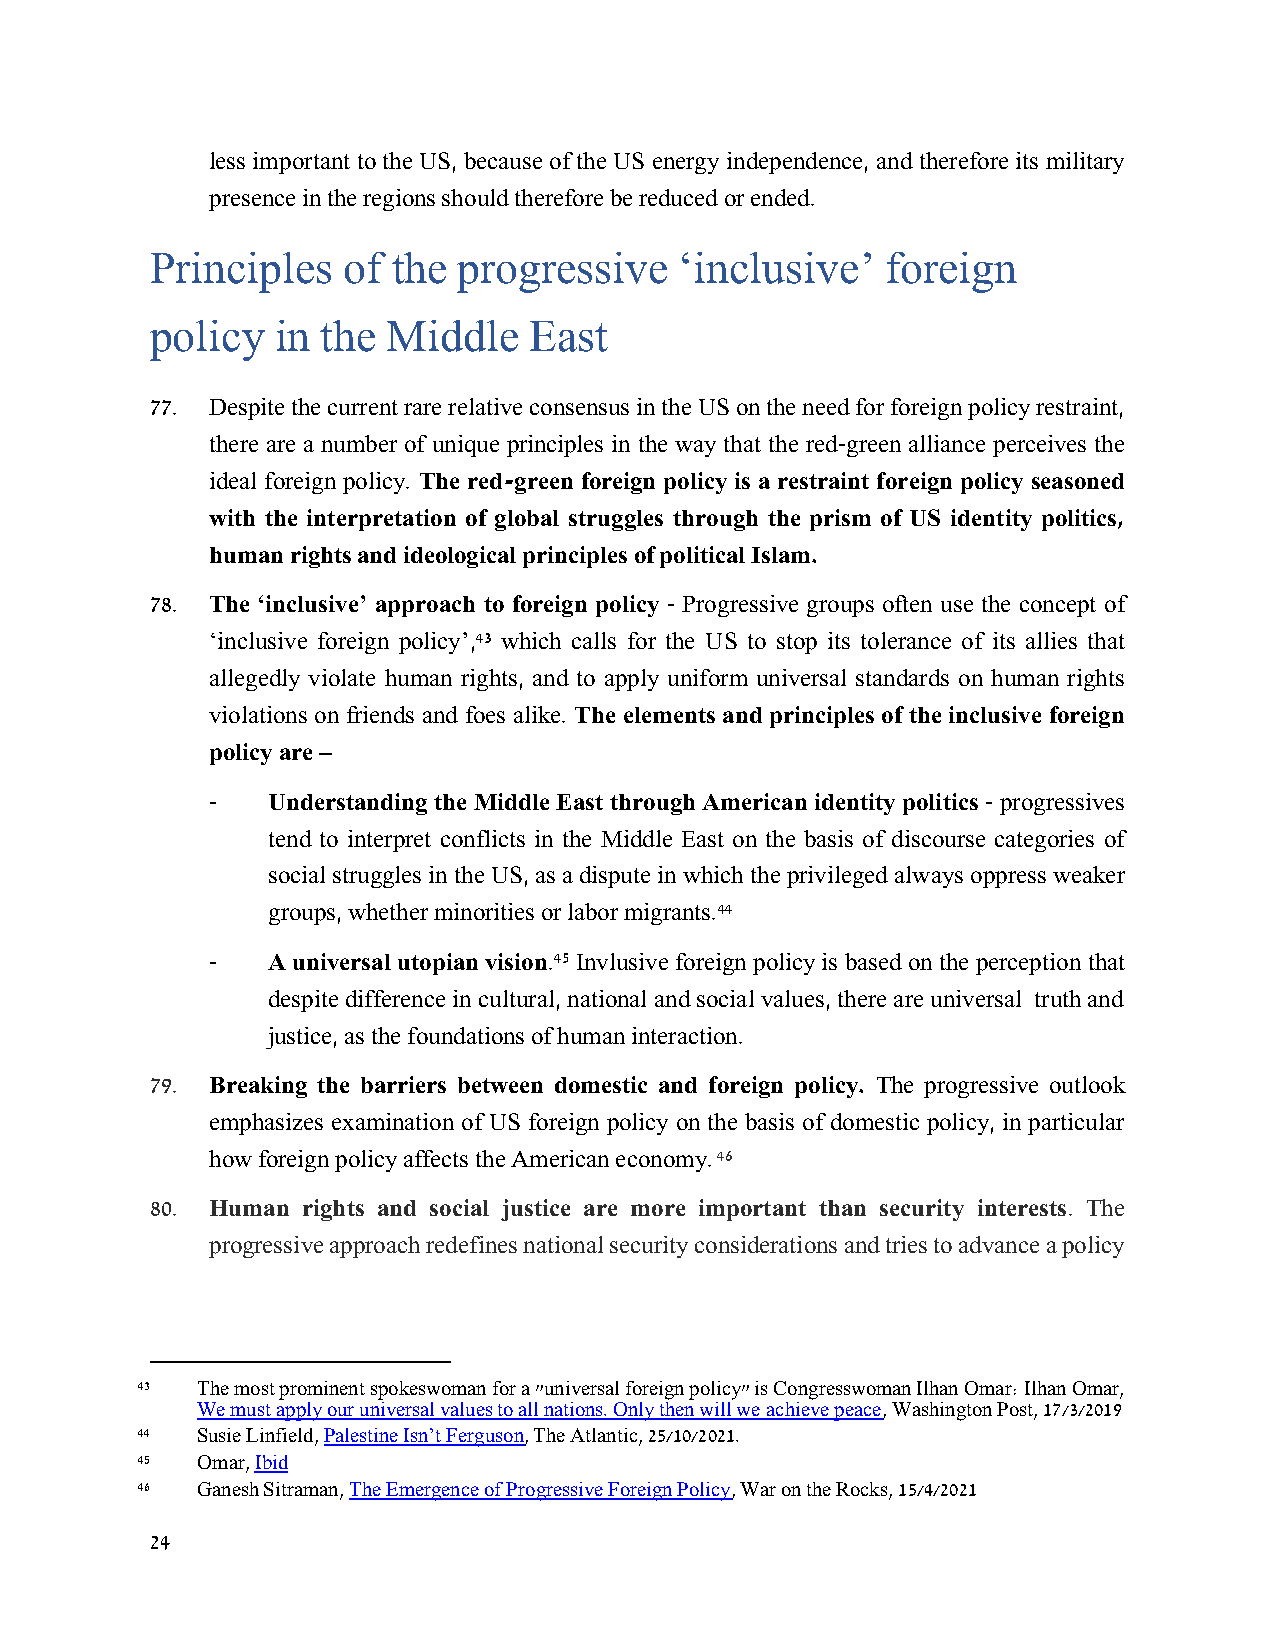
less important to the US, because of the US energy independence, and therefore its military
 presence in the regions should therefore be reduced or ended.
 Principles   of the progressive    ‘inclusive’   foreign
 policy  in the  Middle   East
 77. Despite the current rare relative consensus in the US on the need for foreign policy restraint,
 there are a number of unique principles in the way that the red-green alliance perceives the
 ideal foreign policy. The red-green foreign policy is a restraint foreign policy seasoned
 with the interpretation of global struggles through the prism of US identity politics,
 human rights and ideological principles of political Islam.
 78. The ‘inclusive’ approach to foreign policy - Progressive groups often use the concept of
 ‘inclusive foreign policy’,43 which calls for the US to stop its tolerance of its allies that
 allegedly violate human rights, and to apply uniform universal standards on human rights
 violations on friends and foes alike. The elements and principles of the inclusive foreign
 policy are –
 -   Understanding the Middle East through American identity politics - progressives
 tend to interpret conflicts in the Middle East on the basis of discourse categories of
 social struggles in the US, as a dispute in which the privileged always oppress weaker
 groups, whether minorities or labor migrants.44
 -   A universal utopian vision.45 Invlusive foreign policy is based on the perception that
 despite difference in cultural, national and social values, there are universal truth and
 justice, as the foundations of human interaction.
 79. Breaking the barriers between domestic and foreign policy. The progressive outlook
 emphasizes examination of US foreign policy on the basis of domestic policy, in particular
 how foreign policy affects the American economy. 46
 80. Human rights and social justice are more important than security interests. The
 progressive approach redefines national security considerations and tries to advance a policy
 43  The most prominent spokeswoman for a "universal foreign policy" is Congresswoman Ilhan Omar: Ilhan Omar,
 We must apply our universal values to all nations. Only then will we achieve peace, Washington Post, 17/3/2019
 44  Susie Linfield, Palestine Isn’t Ferguson, The Atlantic, 25/10/2021.
 45  Omar, Ibid
 46  Ganesh Sitraman, The Emergence of Progressive Foreign Policy, War on the Rocks, 15/4/2021
 24